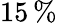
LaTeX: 15\, \%